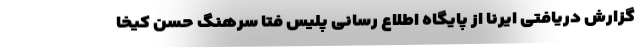
گزارش دریافتی ایرنا از پایگاه اطلاع ‌رسانی پلیس فتا سرهنگ حسن کیخا